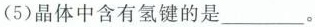
(5)晶体中含有氢键的是___。